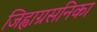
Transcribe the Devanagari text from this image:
जिह्वाग्रसनिका